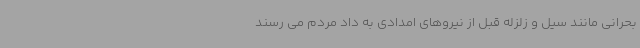
بحرانی مانند سیل و زلزله قبل از نیروهای امدادی به داد مردم می رسند